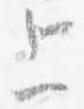
上